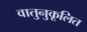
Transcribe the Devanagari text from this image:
वातुनुकूलित